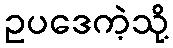
ဥပဒေကဲ့သို့